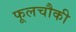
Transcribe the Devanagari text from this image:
फूलचौकी